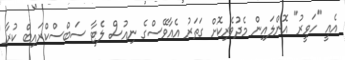
އެއީ "ހަވީރު" އޮންލައިން މެދުވެރިކޮށް ގަތަރު އެއާވޭސްގެ ނިއުސް ލެޓާ ސަބްސްކްރައިބް ކުރާ